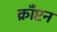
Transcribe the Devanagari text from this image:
क्राँप्टन